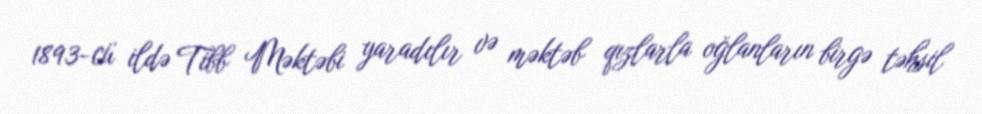
1893-cü ildə Tibb Məktəbi yaradılır və məktəb qızlarla oğlanların birgə təhsil